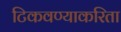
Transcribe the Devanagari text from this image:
टिकवण्याकरिता